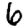
Digit: 6